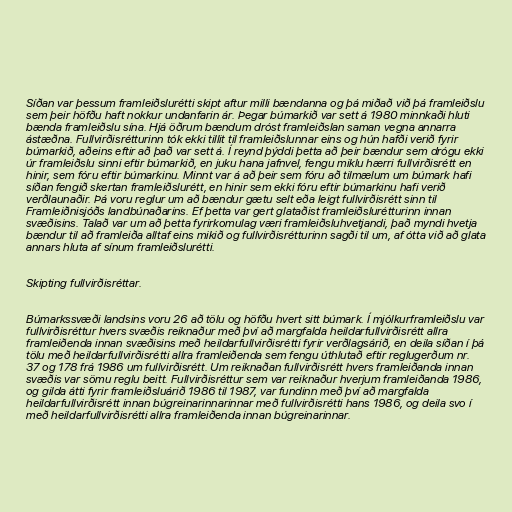
Síðan var þessum framleiðslurétti skipt aftur milli bændanna og þá miðað við þá framleiðslu
sem þeir höfðu haft nokkur undanfarin ár. Þegar búmarkið var sett á 1980 minnkaði hluti
bænda framleiðslu sína. Hjá öðrum bændum dróst framleiðslan saman vegna annarra
ástæðna. Fullvirðisrétturinn tók ekki tillit til framleiðslunnar eins og hún hafði verið fyrir
búmarkið, aðeins eftir að það var sett á. Í reynd þýddi þetta að þeir bændur sem drógu ekki
úr framleiðslu sinni eftir búmarkið, en juku hana jafnvel, fengu miklu hærri fullvirðisrétt en
hinir, sem fóru eftir búmarkinu. Minnt var á að þeir sem fóru að tilmælum um búmark hafi
síðan fengið skertan framleiðslurétt, en hinir sem ekki fóru eftir búmarkinu hafi verið
verðlaunaðir. Þá voru reglur um að bændur gætu selt eða leigt fullvirðisrétt sinn til
Framleiðnisjóðs landbúnaðarins. Ef þetta var gert glataðist framleiðslurétturinn innan
svæðisins. Talað var um að þetta fyrirkomulag væri framleiðsluhvetjandi, það myndi hvetja
bændur til að framleiða alltaf eins mikið og fullvirðisrétturinn sagði til um, af ótta við að glata
annars hluta af sínum framleiðslurétti.

Skipting fullvirðisréttar.

Búmarkssvæði landsins voru 26 að tölu og höfðu hvert sitt búmark. Í mjólkurframleiðslu var
fullvirðisréttur hvers svæðis reiknaður með því að margfalda heildarfullvirðisrétt allra
framleiðenda innan svæðisins með heildarfullvirðisrétti fyrir verðlagsárið, en deila síðan í þá
tölu með heildarfullvirðisrétti allra framleiðenda sem fengu úthlutað eftir reglugerðum nr.
37 og 178 frá 1986 um fullvirðisrétt. Um reiknaðan fullvirðisrétt hvers framleiðanda innan
svæðis var sömu reglu beitt. Fullvirðisréttur sem var reiknaður hverjum framleiðanda 1986,
og gilda átti fyrir framleiðsluárið 1986 til 1987, var fundinn með því að margfalda
heildarfullvirðisrétt innan búgreinarinnarinnar með fullvirðisrétti hans 1986, og deila svo í
með heildarfullvirðisrétti allra framleiðenda innan búgreinarinnar.